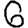
Digit: 6